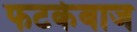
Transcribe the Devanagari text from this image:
फटकेबाज